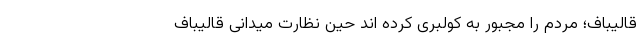
قالیباف؛ مردم را مجبور به کولبری کرده اند حین نظارت میدانی قالیباف